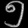
Digit: ၅